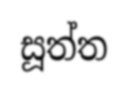
සූත්ත